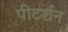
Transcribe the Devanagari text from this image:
पीटर्शन